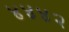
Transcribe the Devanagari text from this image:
४४४२